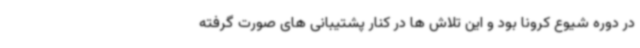
در دوره شیوع کرونا بود و این تلاش ها در کنار پشتیبانی های صورت گرفته